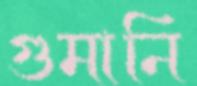
গুমানি